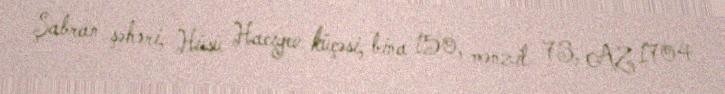
Şabran şəhəri, Hüsü Hacıyev küçəsi, bina 150, mənzil 73, AZ 1704